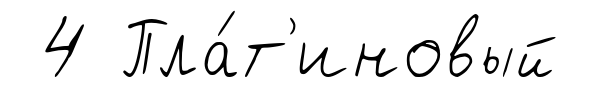
4 Пла́т'иновый